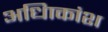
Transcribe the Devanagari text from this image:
अधिाकांश